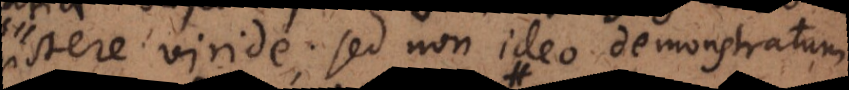
existere viride; sed non ideo demonstratum